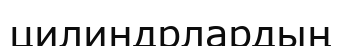
цилиндрлардың